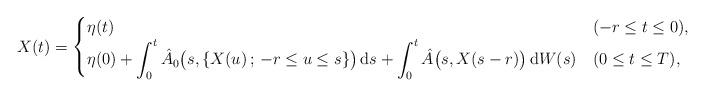
LaTeX: \begin{align*}X(t) = \begin{cases}\eta(t) & (-r \le t \le 0), \\\displaystyle \eta(0) + \int_0^t \hat{A}_0 \big( s, \{ X(u) \, ; \, -r \le u \le s \} \big) \, \mbox{d}s + \int_0^t \hat{A} \big( s, X(s-r) \big) \, \mbox{d}W(s) & (0 \le t \le T), \end{cases}\end{align*}